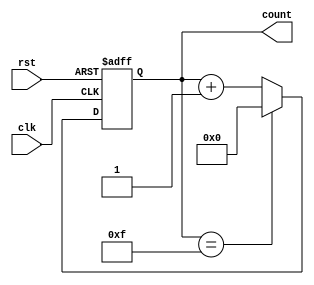
module binary_counter(
    input wire clk,
    input wire rst,
    output reg [3:0] count
);

always @(posedge clk or posedge rst) begin
    if(rst) begin
        count <= 4'b0000; // reset count value to zero
    end else begin
        if(count == 4'b1111) begin
            count <= 4'b0000; // reset count value to zero when maximum count is reached
        end else begin
            count <= count + 1; // increment count value by one
        end
    end
end

endmodule